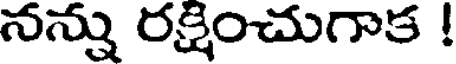
నన్ను రక్షించుగాక !